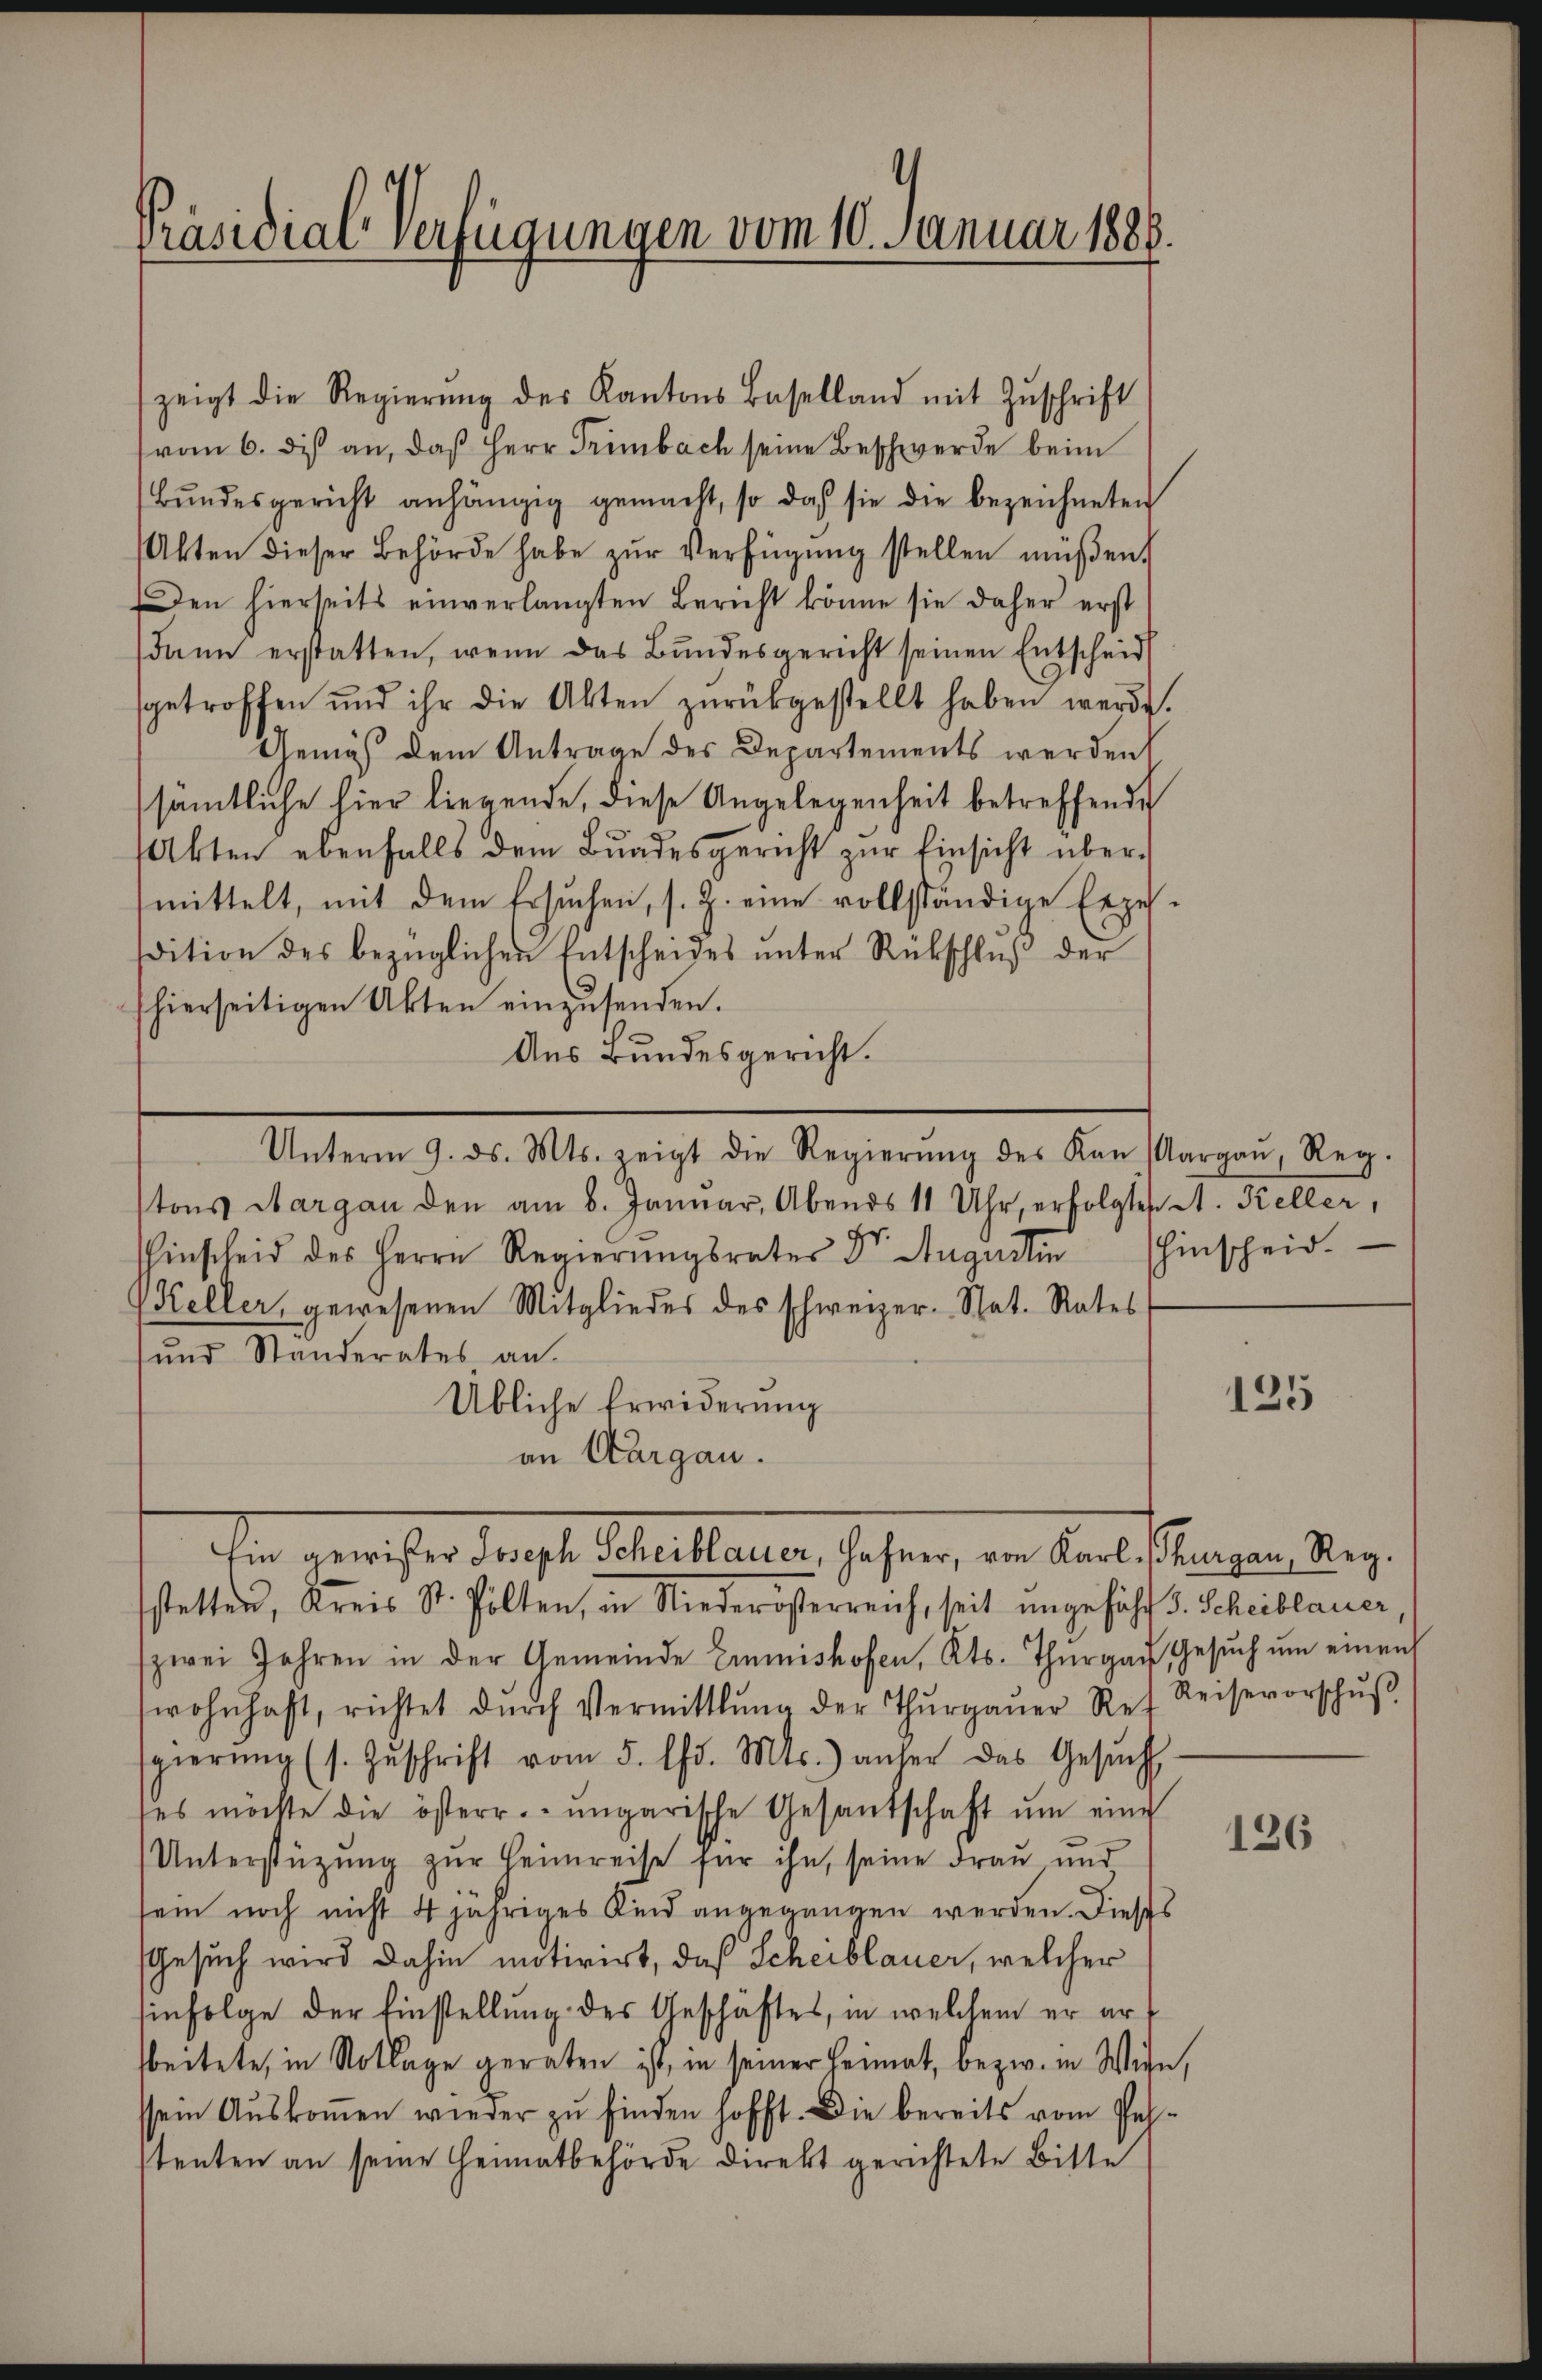
Präsidialverfügungen vom 10. Januar 1888.

zeigt die Regierŭng des Kantons Baselland mit Zŭschrift
(vom 6. di an, daß Herr Trimbach seine Beschwerde beim
Bŭndesgericht anhängig gemacht, so daß sie die bezeichneten
Akten dieser Behörde habe zŭr Verfügŭng stellen müßen.
Den hierseits einverlangten Bericht könne sie daher erst
dann erstatten, wenn das Bundesgericht seinen Entscheid
sgetroffen und ihr die Akten zŭrückgestellt haben werde.
Gemäß dem Antrage des Departements werden
sämtliche hier liegende, diese Angelegenheit betreffende
Akten ebenfalls dem Bŭndesgericht zŭr Einsicht über-
mittelt, mit dem Ersŭchen, s. Z. eine vollständige Erzes-
wition des bezüglichen Entscheides unter Rückschluß der
shierseitigen Akten einzusenden.
Aus Bundesgericht.

Unterm 9. ds. Mts. zeigt die Regierŭng des Kan (Aargaŭ, Reg.

ihn gericher dienste Stellener, Jahren in ande Steueren Reg

tons Aargau den am 8. Januar, Abends 11 Uhr, erfolgten A. Keller,
hinscheid des Herrn Regierŭngsrates Dr. Augusti hinscheid.
Keller, gewesenen Mitgliedes des schweizer. Nat. Rates
und Standerates an.
Übliche Erwiderung
an Aargau.
stetten, Kreis St. Polten, in Niederösterreich, seit ungefähr 5. Scheiblauer
zwei Jahren in der Gemeinde Einmishofen, Kts. Thurgau, Gesŭch ŭm einen
wohnhaft, richtet dŭrch Vermittlung der Thŭrgaŭer Ref Reisevorschŭβ
gierŭng (s. Zŭschrift vom 5. d. Mts. anher das Gesŭch
ses möchte die österr. ungarische Gesandschaft ŭm eine
Unterstützŭng zŭr Heimreise für ihn, seine Frau und
sein noch nicht 4jähriges Kind angegangen werden. Dieses
Gesuch wird dahin motivirt, daß Scheiblauer, welcher
Einfolge der Einstellung des Geschäftes, in welchem er art
beitete, in Notlage geraten ist, in seiner Heimat, bezw. in Wien,
ssein Auskommen wieder zu finden hofft. Die bereits vom Jahstenten an seine Heimatbehörde direkt gerichtete Bitte

125

136